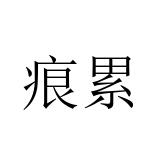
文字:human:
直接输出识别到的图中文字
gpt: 痕累